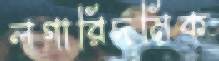
লগারিদমিক